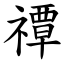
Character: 禫